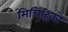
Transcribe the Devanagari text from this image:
मिचिहिको